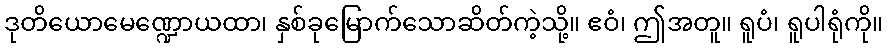
ဒုတိယောမေဏ္ဍောယထာ၊ နှစ်ခုမြောက်သောဆိတ်ကဲ့သို့။ ဧဝံ၊ ဤအတူ။ ရူပံ၊ ရူပါရုံကို။